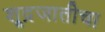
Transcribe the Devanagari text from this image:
शूद्रजातीचा